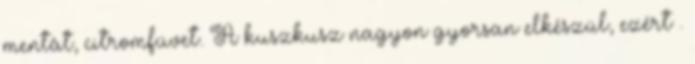
mentát, citromfüvet. A kuszkusz nagyon gyorsan elkészül, ezért .